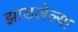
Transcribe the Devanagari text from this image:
झाडलेल्या